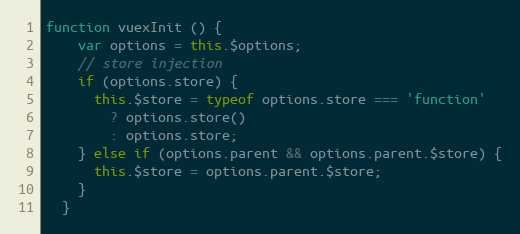
Language: JavaScript
function vuexInit () {
    var options = this.$options;
    // store injection
    if (options.store) {
      this.$store = typeof options.store === 'function'
        ? options.store()
        : options.store;
    } else if (options.parent && options.parent.$store) {
      this.$store = options.parent.$store;
    }
  }